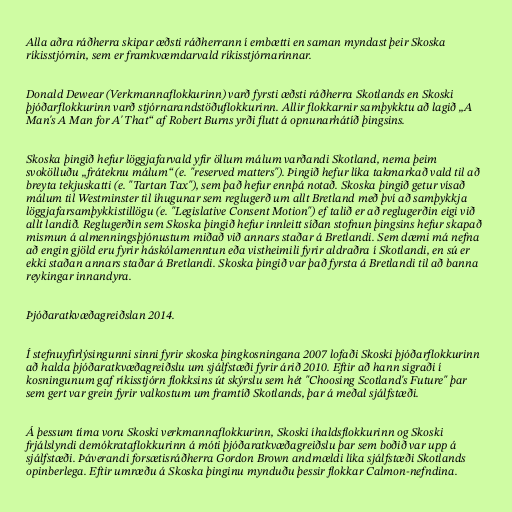
Alla aðra ráðherra skipar æðsti ráðherrann í embætti en saman myndast þeir Skoska
ríkisstjórnin, sem er framkvæmdarvald ríkisstjórnarinnar.

Donald Dewear (Verkmannaflokkurinn) varð fyrsti æðsti ráðherra Skotlands en Skoski
þjóðarflokkurinn varð stjórnarandstöðuflokkurinn. Allir flokkarnir samþykktu að lagið „A
Man's A Man for A' That“ af Robert Burns yrði flutt á opnunarhátíð þingsins.

Skoska þingið hefur löggjafarvald yfir öllum málum varðandi Skotland, nema þeim
svokölluðu „fráteknu málum“ (e. "reserved matters"). Þingið hefur líka takmarkað vald til að
breyta tekjuskatti (e. "Tartan Tax"), sem það hefur ennþá notað. Skoska þingið getur vísað
málum til Westminster til íhugunar sem reglugerð um allt Bretland með því að samþykkja
löggjafarsamþykkistillögu (e. "Legislative Consent Motion") ef talið er að reglugerðin eigi við
allt landið. Reglugerðin sem Skoska þingið hefur innleitt síðan stofnun þingsins hefur skapað
mismun á almenningsþjónustum miðað við annars staðar á Bretlandi. Sem dæmi má nefna
að engin gjöld eru fyrir háskólamenntun eða vistheimili fyrir aldraðra í Skotlandi, en sú er
ekki staðan annars staðar á Bretlandi. Skoska þingið var það fyrsta á Bretlandi til að banna
reykingar innandyra.

Þjóðaratkvæðagreiðslan 2014.

Í stefnuyfirlýsingunni sinni fyrir skoska þingkosningana 2007 lofaði Skoski þjóðarflokkurinn
að halda þjóðaratkvæðagreiðslu um sjálfstæði fyrir árið 2010. Eftir að hann sigraði í
kosningunum gaf ríkisstjórn flokksins út skýrslu sem hét "Choosing Scotland's Future" þar
sem gert var grein fyrir valkostum um framtíð Skotlands, þar á meðal sjálfstæði.

Á þessum tíma voru Skoski verkmannaflokkurinn, Skoski íhaldsflokkurinn og Skoski
frjálslyndi demókrataflokkurinn á móti þjóðaratkvæðagreiðslu þar sem boðið var upp á
sjálfstæði. Þáverandi forsætisráðherra Gordon Brown andmældi líka sjálfstæði Skotlands
opinberlega. Eftir umræðu á Skoska þinginu mynduðu þessir flokkar Calmon-nefndina.